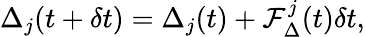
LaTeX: \Delta_{j}(t+\delta t)=\Delta_{j}(t)+\mathcal{F}_{\Delta}^{j}(t)\delta t,